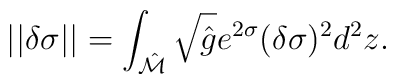
|| \delta\sigma || =\int_{\hat {\cal M}} \sqrt{\hat g} e^{2\sigma} (\delta\sigma)^2 d^2z.